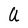
Character: U